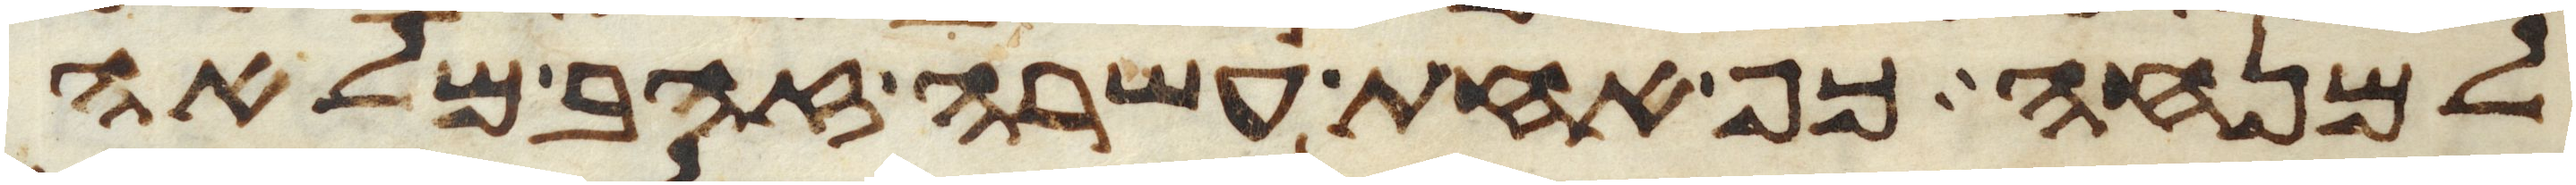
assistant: למנחה כף אחת עשרה זהב מלאה